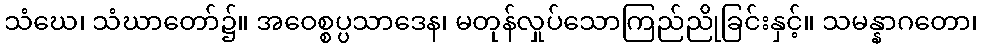
သံဃေ၊ သံဃာတော်၌။ အဝေစ္စပ္ပသာဒေန၊ မတုန်လှုပ်သောကြည်ညိုခြင်းနှင့်။ သမန္နာဂတော၊